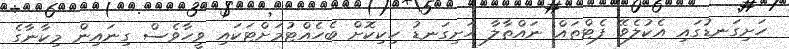
ހަށިގަނޑުގައި އެކުލެވޭ ފެޓްތައް ނައްތާލާ ހަށިގަނޑު ހިކިކޮށް ބެހެއްޓުމަށްޓަކައި ވީހާވެސް ގިނައިން މިކާނާގެ